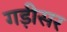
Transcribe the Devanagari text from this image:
गड़ीसर